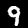
Digit: 9